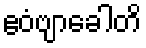
ဧဝံဗျာခေါတိ